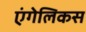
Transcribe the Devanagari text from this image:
एंगेलिकस